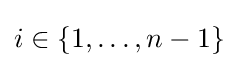
i\in \{1,\ldots ,n-1\}